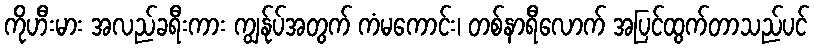
ကိုဟီးမား အလည်ခရီးကား ကျွန်ုပ်အတွက် ကံမကောင်း၊ တစ်နာရီလောက် အပြင်ထွက်တာသည်ပင်